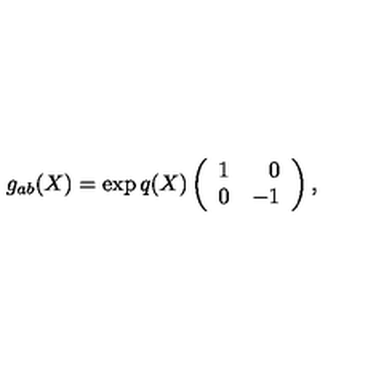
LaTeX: g _ { a b } ( X ) = \exp { q ( X ) } \left( \begin{array} { c r } { 1 } & { 0 } \\ { 0 } & { - 1 } \\ \end{array} \right) ,